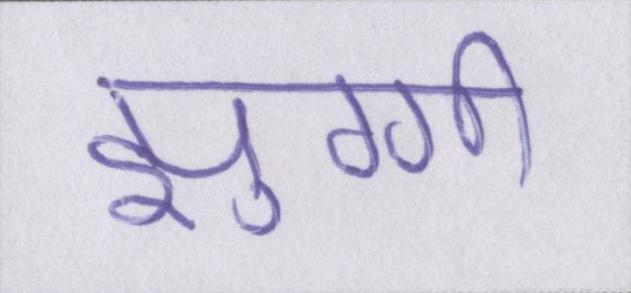
झुग्गी